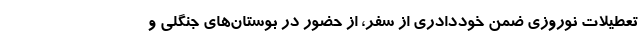
تعطیلات نوروزی ضمن خوددادری از سفر، از حضور در بوستان‌های جنگلی و